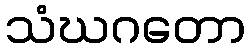
သံဃဂတော